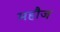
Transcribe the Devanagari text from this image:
महौज